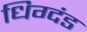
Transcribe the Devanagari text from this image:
धिग्दंड